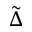
\tilde { \Delta }